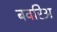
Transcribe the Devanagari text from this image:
बवरिअ